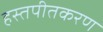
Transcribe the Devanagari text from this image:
हस्तपीतकरण